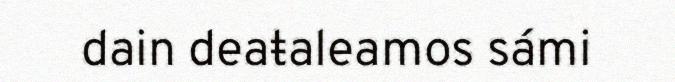
dain deaŧaleamos sámi